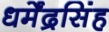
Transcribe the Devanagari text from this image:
धर्मेंद्रसिंह